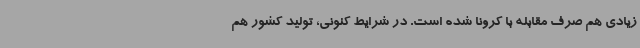
زیادی هم صرف مقابله با کرونا شده است. در شرایط کنونی، تولید کشور هم